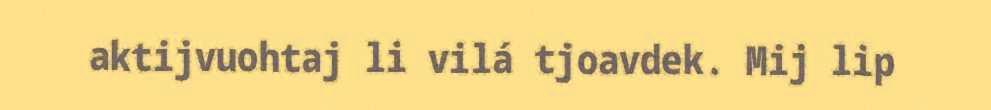
aktijvuohtaj li vilá tjoavdek. Mij lip